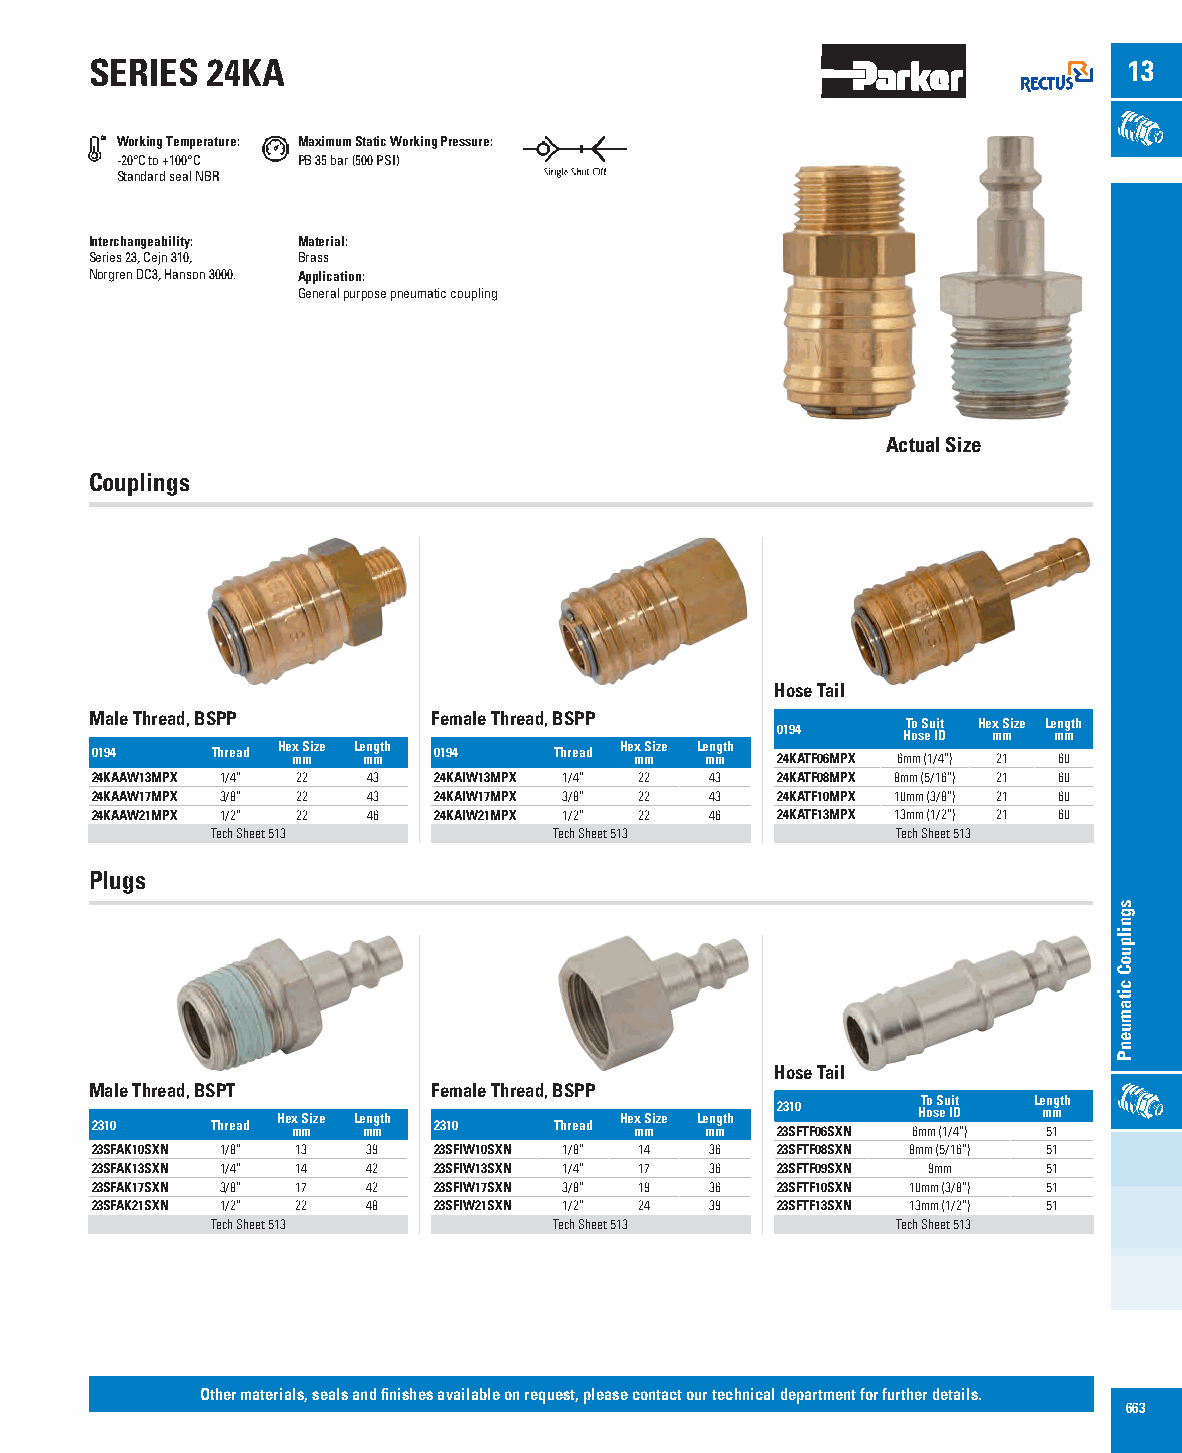
SERIES  24KA                                                         13
 Working Temperature: Maximum Static Working Pressure:
 -20°C to +100°C PB 35 bar (500 PSI)
 Standard seal NBR
 Interchangeability: Material:
 Series 23, Cejn 310, Brass
 Norgren DC3, Hanson 3000. Application:
 General purpose pneumatic coupling
 Actual Size
 Couplings
 Hose Tail
 Male Thread, BSPP      Female Thread, BSPP
 To Suit Hex Size Length
 0194     Hose ID mm mm
 Hex Size Length        Hex Size Length
 0194    Thread mm mm   0194    Thread mm mm  24KATF06MPX 6mm (1/4”) 21 60
 24KAAW13MPX 1/4” 22 43 24KAIW13MPX 1/4” 22 43 24KATF08MPX 8mm (5/16”) 21 60
 24KAAW17MPX 3/8” 22 43 24KAIW17MPX 3/8” 22 43 24KATF10MPX 10mm (3/8”) 21 60
 24KAAW21MPX 1/2” 22 46 24KAIW21MPX 1/2” 22 46 24KATF13MPX 13mm (1/2”) 21 60
 Tech Sheet 513         Tech Sheet 513        Tech Sheet 513
 Plugs
 Hose Tail
 Male Thread, BSPT      Female Thread, BSPP
 To Suit Length
 Hex Size Length        Hex Size Length 2310 Hose ID mm
 2310    Thread mm mm   2310    Thread mm mm  23SFTF06SXN 6mm (1/4”) 51
 23SFAK10SXN 1/8” 13 39 23SFIW10SXN 1/8” 14 36 23SFTF08SXN 8mm (5/16”) 51
 23SFAK13SXN 1/4” 14 42 23SFIW13SXN 1/4” 17 36 23SFTF09SXN 9mm  51
 23SFAK17SXN 3/8” 17 42 23SFIW17SXN 3/8” 19 36 23SFTF10SXN 10mm (3/8”) 51
 23SFAK21SXN 1/2” 22 48 23SFIW21SXN 1/2” 24 39 23SFTF13SXN 13mm (1/2”) 51
 Tech Sheet 513         Tech Sheet 513        Tech Sheet 513
 Other materials, seals and finishes available on request, please contact our technical department for further details.
 663
 sgnilpuoC
 citamuenP